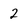
Character: 2